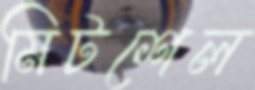
মিটশেল